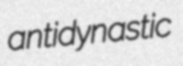
antidynastic